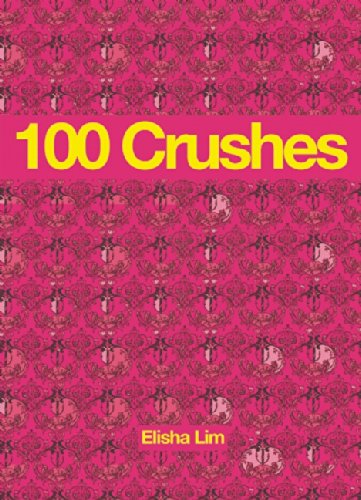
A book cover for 100 Crushes; Elisha Lim; Comics & Graphic Novels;